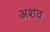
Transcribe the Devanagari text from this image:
अशव